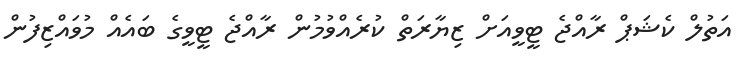
އަތުލް ކެޝަޕް ރާއްޖެ ޓީވީއަށް ޒިޔާރަތް ކުރެއްވުމުން ރާއްޖެ ޓީވީގެ ބައެއް މުވައްޒިފުން